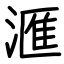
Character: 滙